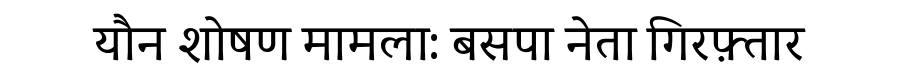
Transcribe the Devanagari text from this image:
यौन शोषण मामला: बसपा नेता गिरफ़्तार